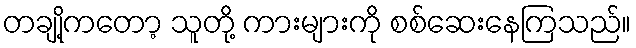
တချို့ကတော့ သူတို့ ကားများကို စစ်ဆေးနေကြသည်။